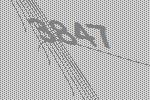
3847